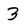
Character: 3